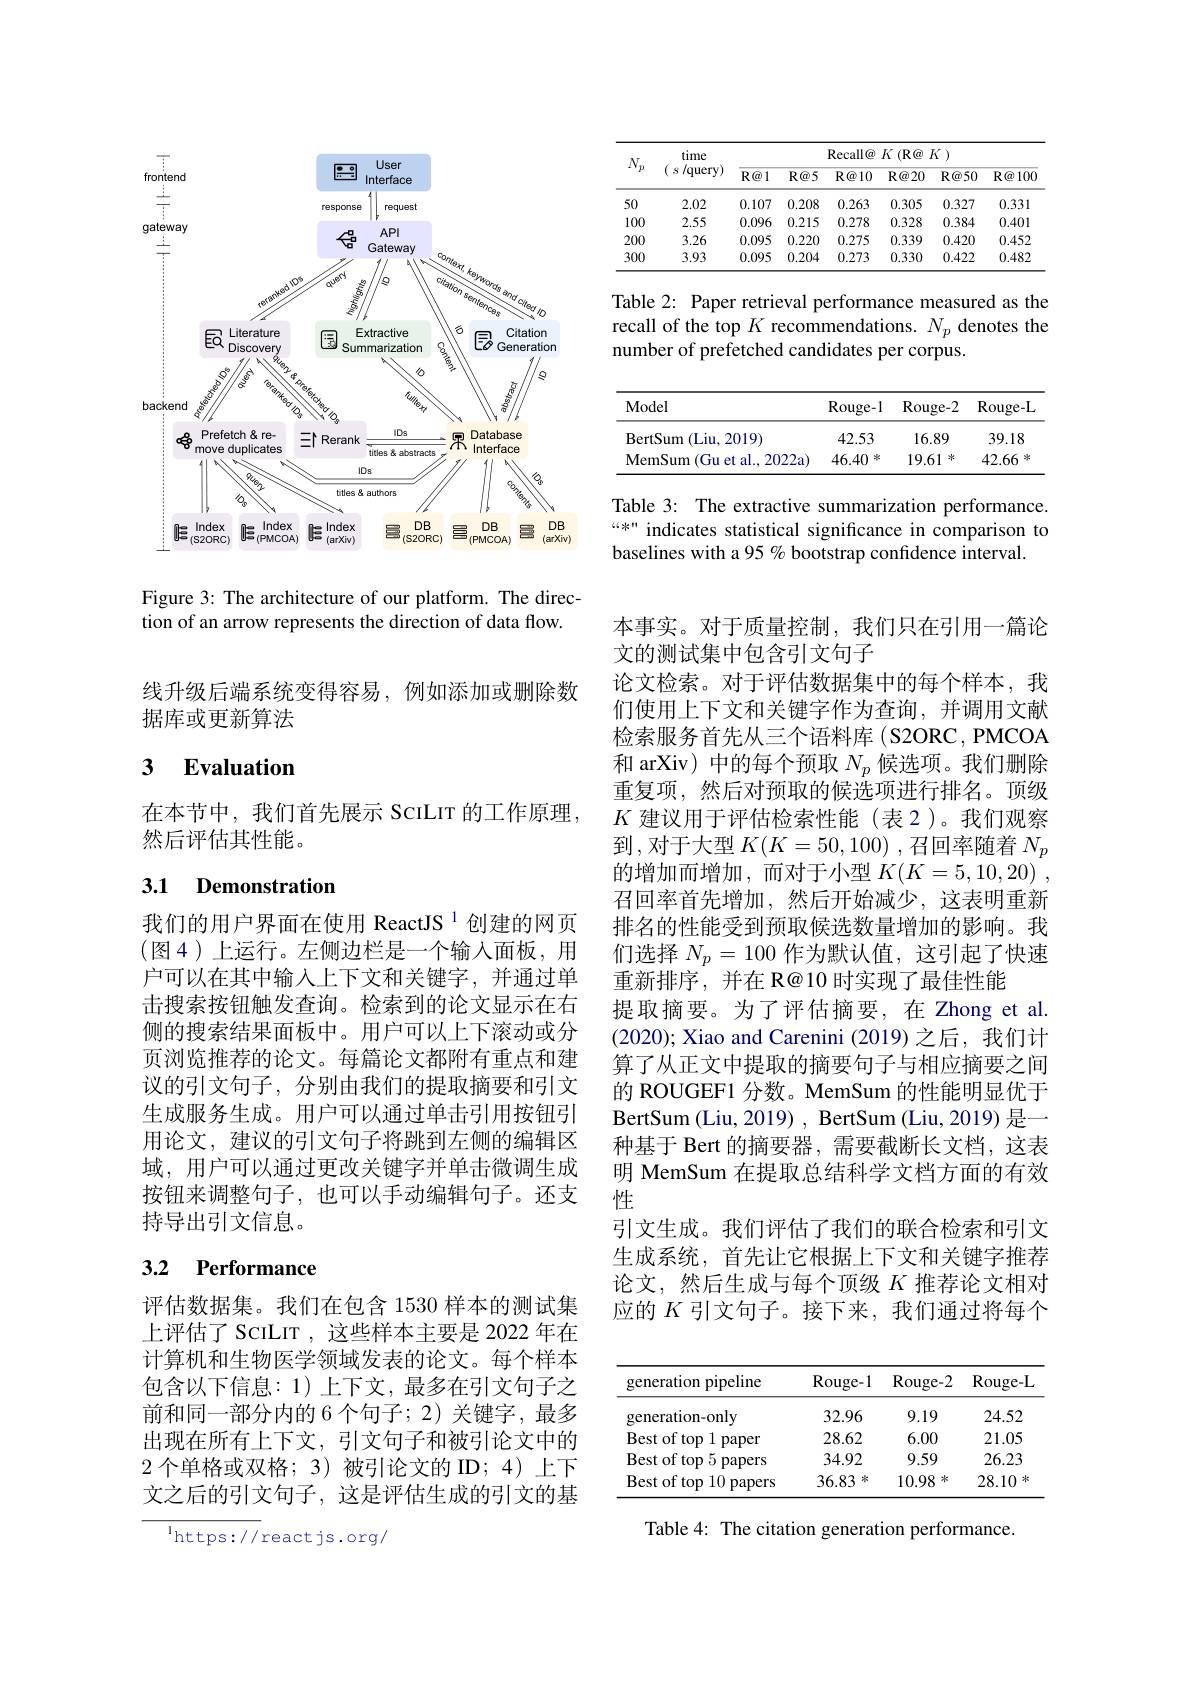
<FigureHere>

Figure 3: The architecture of our platform. The direction of an arrow represents the direction of data flow.

线升级后端系统变得容易，例如添加或删除数
据库或更新算法

### $\textbf{3}$ $\textbf{Evaluation}$

在本节中，我们首先展示 ScILIT 的工作原理，
然后评估其性能。

### 3.1 Demonstration

我们的用户界面在使用 ReactJS $^{1}$创建的网页$(图4)上运行。左侧边栏是一个输入面板，用$ 户可以在其中输入上下文和关键字，并通过单击搜索按钮触发查询。检索到的论文显示在右侧的搜索结果面板中。用户可以上下滚动或分页浏览推荐的论文。每篇论文都附有重点和建议的引文句子，分别由我们的提取摘要和引文生成服务生成。用户可以通过单击引用按钮引用论文，建议的引文句子将跳到左侧的编辑区域，用户可以通过更改关键字并单击微调生成按钮来调整句子，也可以手动编辑句子。还支持导出引文信息。

# 3.2 Performance

评估数据集。我们在包含 1530 样本的测试集上评估了 ScILIT , 这些样本主要是 2022 年在计算机和生物医学领域发表的论文。每个样本包含以下信息：1)上下文，最多在引文句子之前和同一部分内的 6 个句子；2) 关键字，最多出现在所有上下文，引文句子和被引论文中的2个单格或双格；3)被引论文的 ID; 4)上下文之后的引文句子，这是评估生成的引文的基

$^{\mathrm{l}}$https://reactjs.org/

<table>
	<tbody>
		<tr>
			<th rowspan="2">$N_p$</th>
			<th rowspan="2">time ( $s$ /query)</th>
			<th colspan="6">$\operatorname{Recall@}K\left(\mathbb{R}@K\right)$</th>
		</tr>
		<tr>
			<th>$R@1$</th>
			<th>$R@5$</th>
			<th>$\mathbb{R} \textcircled {a}10$</th>
			<th>$R@20$</th>
			<th>$R@50$</th>
			<th>$\mathbf{R} \textcircled {a}100$</th>
		</tr>
		<tr>
			<td>50</td>
			<td>2.02</td>
			<td>0.107</td>
			<td>0.208</td>
			<td>0.263</td>
			<td>0.305</td>
			<td>0.327</td>
			<td>0.331</td>
		</tr>
		<tr>
			<td>100</td>
			<td>2.55</td>
			<td>0.096</td>
			<td>0.215</td>
			<td>0.278</td>
			<td>0.328</td>
			<td>0.384</td>
			<td>0.401</td>
		</tr>
		<tr>
			<td>200</td>
			<td>3.26</td>
			<td>0.095</td>
			<td>0.220</td>
			<td>0.275</td>
			<td>0.339</td>
			<td>0.420</td>
			<td>0.452</td>
		</tr>
		<tr>
			<td>300</td>
			<td>3.93</td>
			<td>0.095</td>
			<td>0.204</td>
			<td>0.273</td>
			<td>0.330</td>
			<td>0.422</td>
			<td>0.482</td>
		</tr>
	</tbody>
</table>

Table 2: Paper retrieval performance measured as the recall of the top $K$ recommendations. $N_p$ denotes the number of prefetched candidates per corpus.

<table>
	<tbody>
		<tr>
			<th>Model</th>
			<th>Rouge-1</th>
			<th>Rouge-2</th>
			<th>Rouge-L</th>
		</tr>
		<tr>
			<td>(Liu,2019) BertSum</td>
			<td>42.53</td>
			<td>16.89</td>
			<td>39.18</td>
		</tr>
		<tr>
			<td>MemSum 1 (Gu et al., 2022a)</td>
			<td>46.40 冰</td>
			<td>19.61 冰</td>
			<td>42.66 冰</td>
		</tr>
	</tbody>
</table>

Table 3: The extractive summarization performance “*" indicates statistical significance in comparison to baselines with a 95 % bootstrap confidence interval.

本事实。对于质量控制，我们只在引用一篇论
文的测试集中包含引文句子
论文检索。对于评估数据集中的每个样本，我们使用上下文和关键字作为查询，并调用文献检索服务首先从三个语料库(S2ORC,PMCOA 和 arXiv) 中的每个预取$N_p$候选项。我们删除重复项，然后对预取的候选项进行排名。顶级$K$建议用于评估检索性能(表2)。我们观察到，对于大型$K( K= 50, 100)$ ,召回率随着$N_p$ 的增加而增加，而对于小型$K( K= 5, 10, 20)$ , 召回率首先增加，然后开始减少，这表明重新排名的性能受到预取候选数量增加的影响。我们选择$N_p=100$作为默认值，这引起了快速重新排序，并在 R@10 时实现了最佳性能
提取摘要。为了评估摘要，在 Zhong et al. (2020); Xiao and Carenini (2019) 之后，我们计算了从正文中提取的摘要句子与相应摘要之间的 ROUGEF1 分数。MemSum 的性能明显优于BertSum (Liu, 2019) , BertSum (Liu, 2019) 是一种基于 Bert 的摘要器，需要截断长文档，这表明 MemSum 在提取总结科学文档方面的有效性
引文生成。我们评估了我们的联合检索和引文生成系统，首先让它根据上下文和关键字推荐论文，然后生成与每个顶级$K$推荐论文相对应的$K$引文句子。接下来，我们通过将每个

<table>
	<tbody>
		<tr>
			<th>generation pipeline</th>
			<th>Rouge- 1</th>
			<th>Rouge-2</th>
			<th>Rouge-L</th>
		</tr>
		<tr>
			<td>generation-only</td>
			<td>32.96</td>
			<td>9.19</td>
			<td>24.52</td>
		</tr>
		<tr>
			<td>Best of top 1 paper</td>
			<td>28.62</td>
			<td>6.00</td>
			<td>21.05</td>
		</tr>
		<tr>
			<td>Best of top 5 papers</td>
			<td>34.92</td>
			<td>9.59</td>
			<td>26.23</td>
		</tr>
		<tr>
			<td>$\operatorname{Best}$of top 10 1 papers</td>
			<td>36.83 冰</td>
			<td>10.98 冰</td>
			<td>28.10 冰</td>
		</tr>
	</tbody>
</table>

Table 4: The citation generation performance.